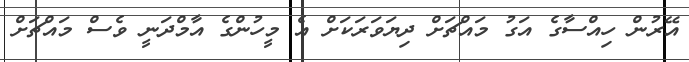
އޭރުން ހިއްސާގެ އަގު މައްޗަށް ދިޔަވަރަކަށް އެ މީހުންގެ އާމްދަނީ ވެސް މައްޗަށް